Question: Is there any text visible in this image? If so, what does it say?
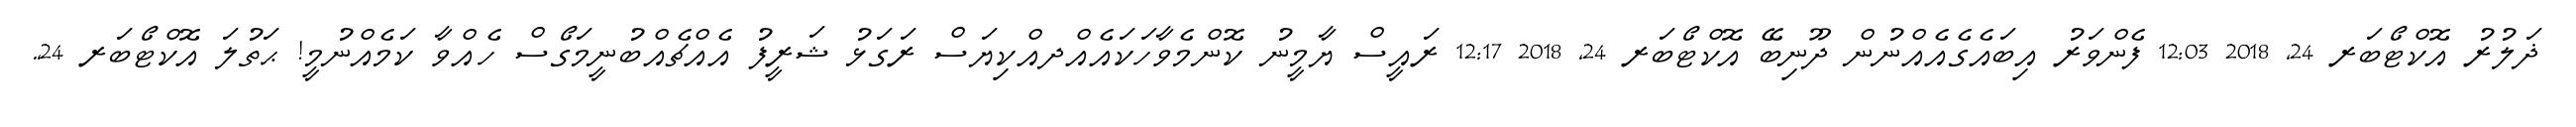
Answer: ޛަލުރު އޮކްޓޯބަރ 24, 2018 12:03 ފެންވަރު އިބައެގެއެއްނުން ދޫނިބޭ އޮކްޓޯބަރ 24, 2018 12:17 ރައީސް ޔާމީނު ކޮންމެވާހަކައެއްދއްކިޔަސް ރަގަޅު ޝަރީފު އެއްޗެއްބުނީމަގޯސް ހެއްވާ ކަމެއްނުމީ! ޙަތުލަ އޮކްޓޯބަރ 24,.